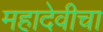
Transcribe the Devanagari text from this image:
महादेवीचा